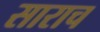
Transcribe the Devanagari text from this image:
साराच